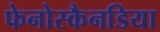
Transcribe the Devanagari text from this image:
फेनोस्कैनडिया